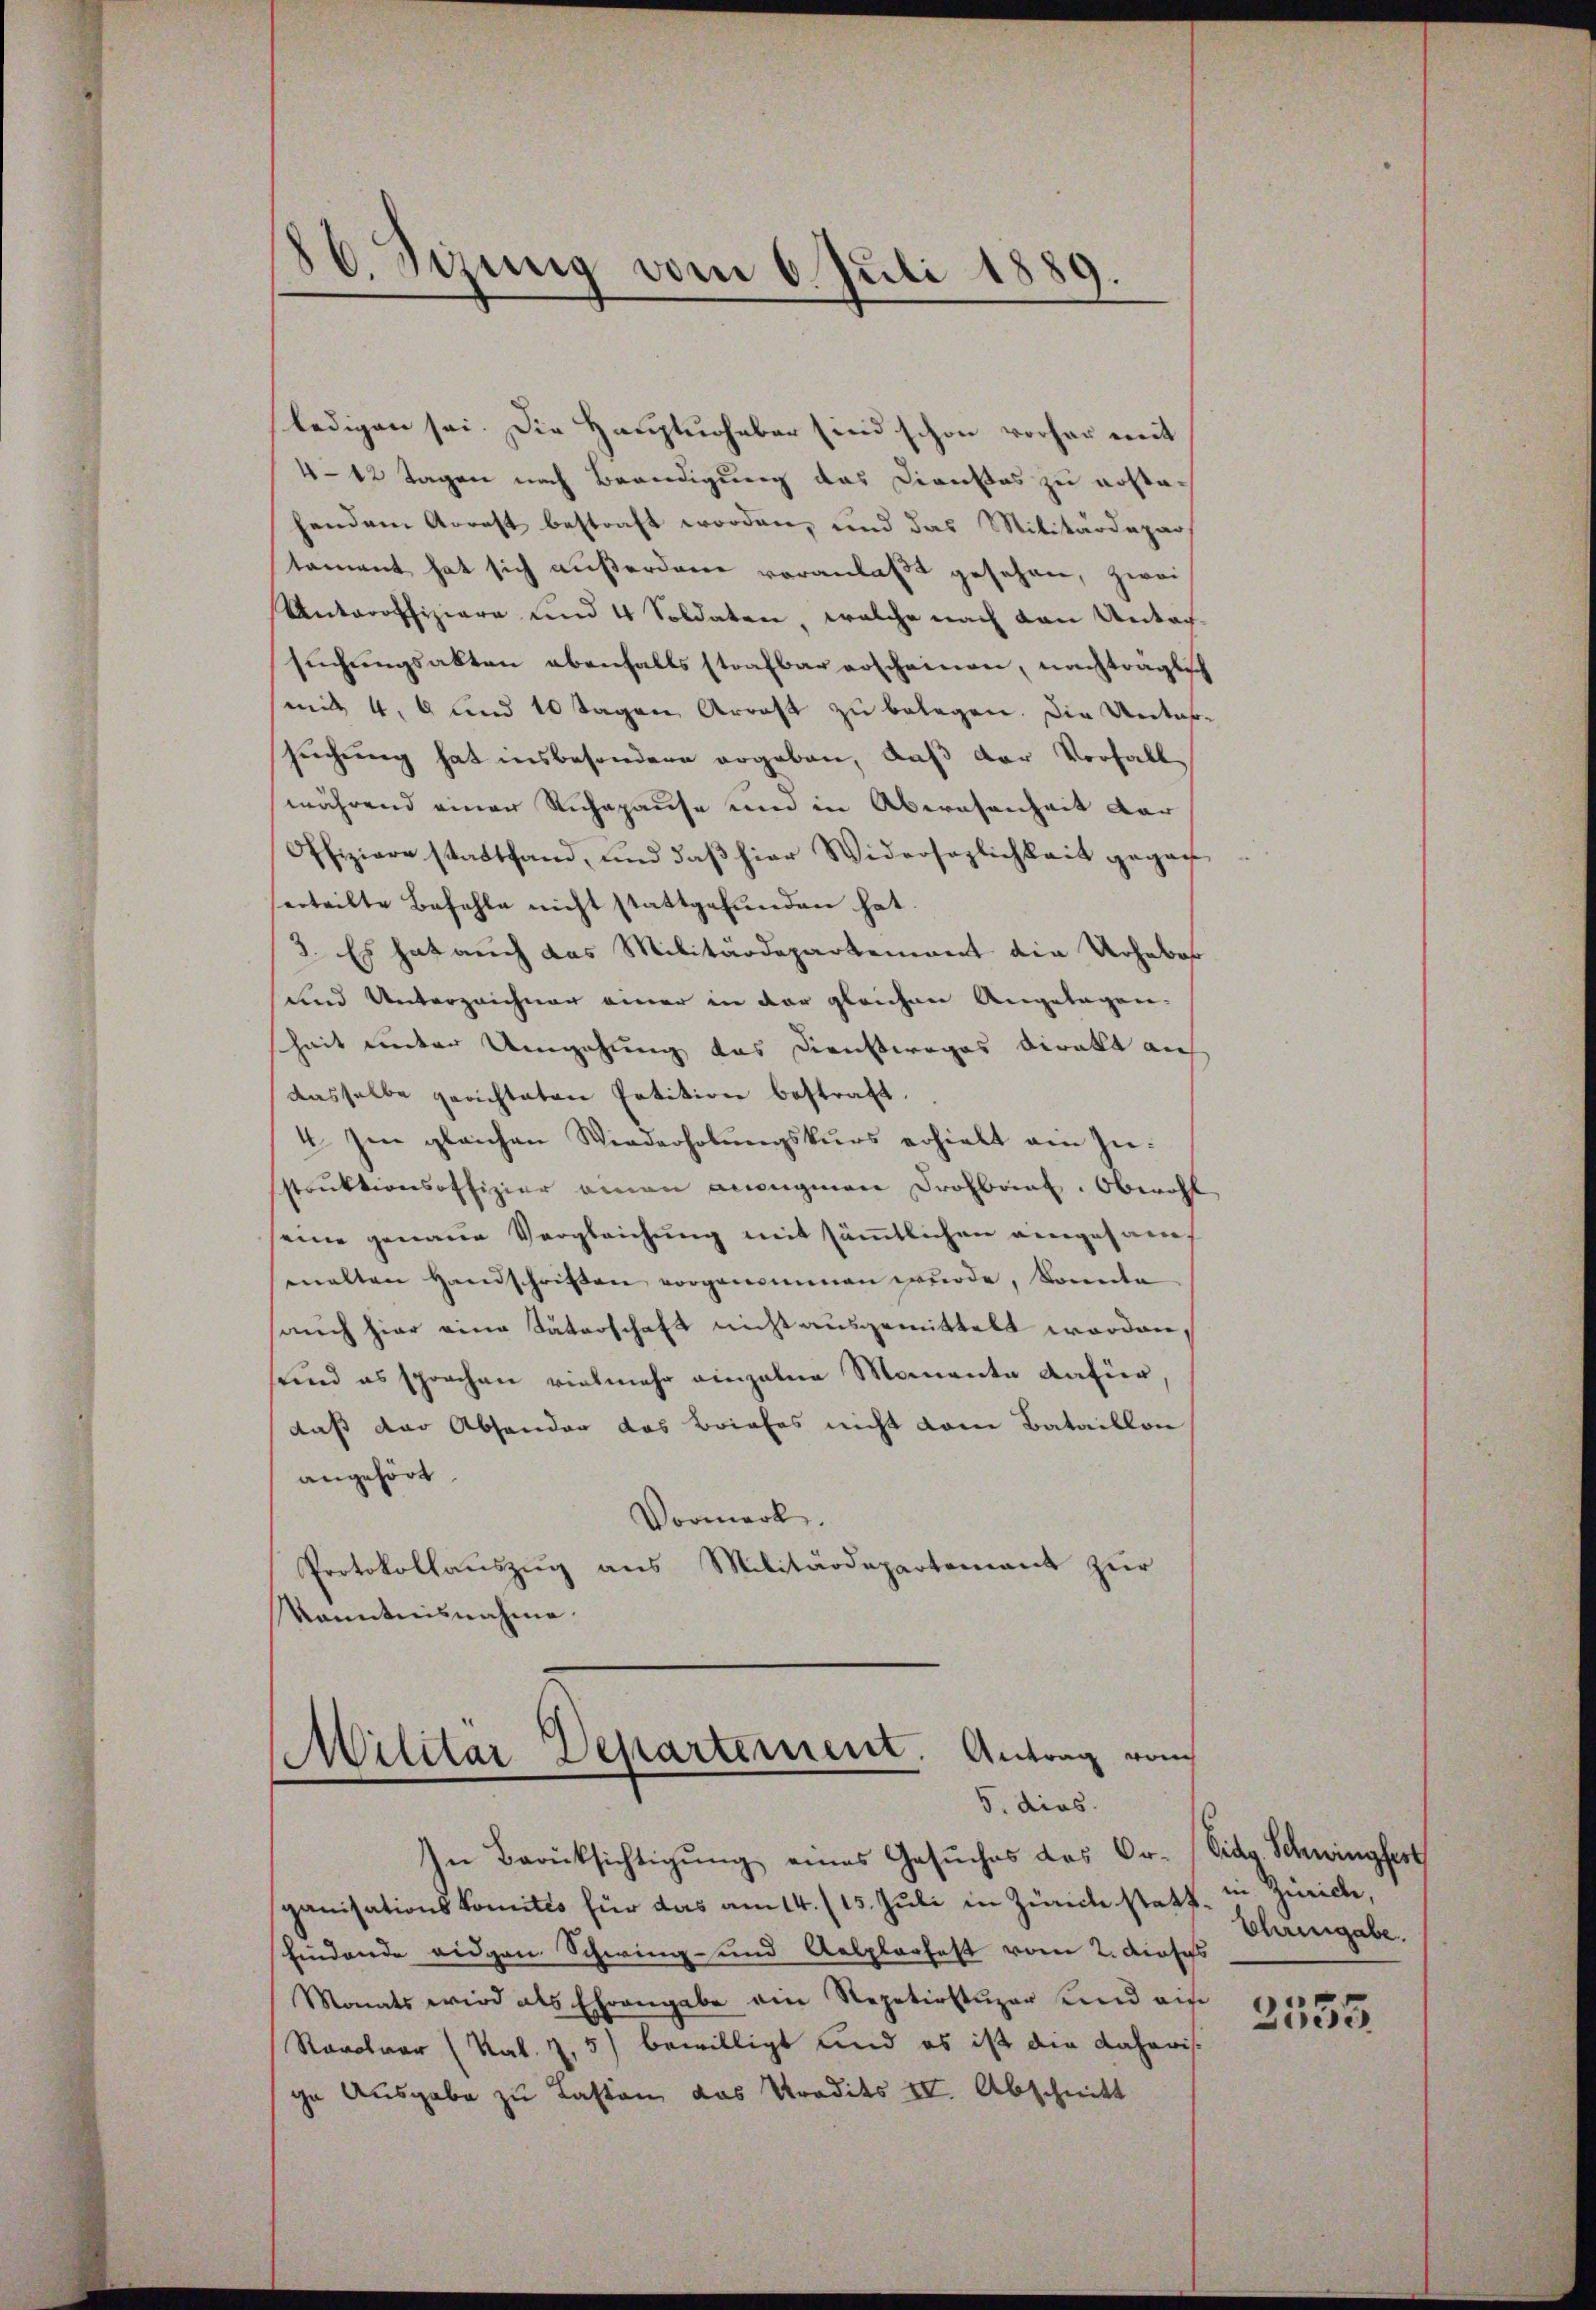
86. Sizung vom 6. Juli 1889.
I

ledigen sei. Die Hauptuohnbar sind schon vorher mit
4-12 Tagen nach Brandigung das Dienstos zu erstahendem Arrest bestraft worden, und das Militärdepar
tament hat sich außerdam veranlaßt gesehen, zwei
Unteroffiziere und 4 Soldaten, welche nach den Untersuchungsakten ebenfalls strafbar erscheinen, nachträglich
mit 4. 6 und 10 Tagen Arrast zu belegen. Die Untersuchung hat insbesondern ergeben, daß der Vorfall
während einer Ruhepause um in Abwesenheit der
Offiziere stattfand, und daß hier Widersezlichkeit gegen
erteilte Befehle nicht stattgefunden hat.
3. Es hat auch das Militärdepartement die Urheber
und Unterzeichner einer in der gleichen Angelagen.
heit unter Umgehung das Dienstweges direkt au
dasselbe gerichteten Petition bestraft.
4. Im gleichen Wiederholungskurs erhielt ein Zustruktionsoffizier einen augmen Drohbrief. Oberoff
eine genauer Vergleichung mit sämmtlichen eingesamt
malten Handschriften vorgenommen wurde, konnte
auch hier eine Säterschaft nicht ausgemittelt worden,
sund es sprachen vielmehr einzelne Momenta dafür,
daß der Absonder das Briefes nicht vom Bataillon
angehört.
Vormerk.
Protokollauszug aus Militärdepartement zur
kanntnisnahme.

Militär Departement. Antrag vom
5. dies

In Berücksichtigung eines Gesuches des Or- Vido Schwingfert
ganisationskomités für das am 14. (15. Juli in Zurecke stattfindende eidgen Schwing- und Aelplarfest vom 2. Dieses
Monats wird als Ehrengabe ein Repetirstuzer und auf
Ravolver (Nat. Z. 5) bewilligt und es ist die daheris
ge Ausgabe zu Lasten das Predits IV. Abschnitt

in Zürich,
Ehrengabe.

2555.